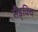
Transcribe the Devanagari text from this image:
सैंड्विच